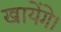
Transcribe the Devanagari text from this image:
खायेंगे।